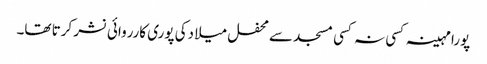
پورا مہینہ کسی نہ کسی مسجد سے محفل میلا دکی پوری کارروائی نشر کرتا تھا۔